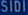
SISID